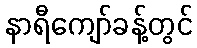
နာရီကျော်ခန့်တွင်